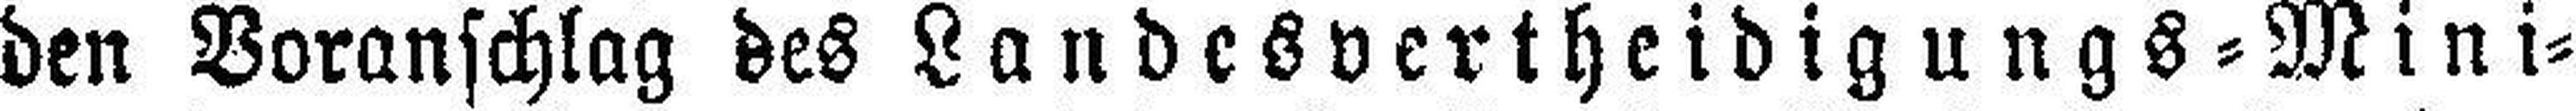
den Voranschlag des Landesvertheidigungs=Mini¬